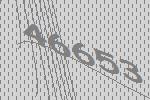
46653